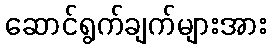
ဆောင်ရွက်ချက်များအား